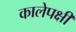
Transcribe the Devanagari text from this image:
कालेपक्षी